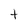
Character: t